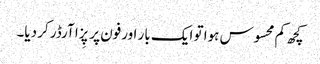
کچھ کم محسوس ہوا تو ایک بار اورفون پر پِزا آرڈر کر دیا۔